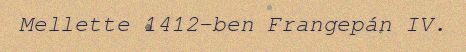
Mellette 1412-ben Frangepán IV.